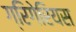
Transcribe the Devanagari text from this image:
ग्रिगेरियस